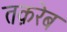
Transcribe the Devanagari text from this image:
तक़रेब